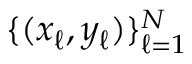
\{ ( x _ { \ell } , y _ { \ell } ) \} _ { \ell = 1 } ^ { N }